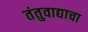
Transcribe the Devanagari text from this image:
तंतुवाद्याचा